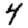
Digit: 4